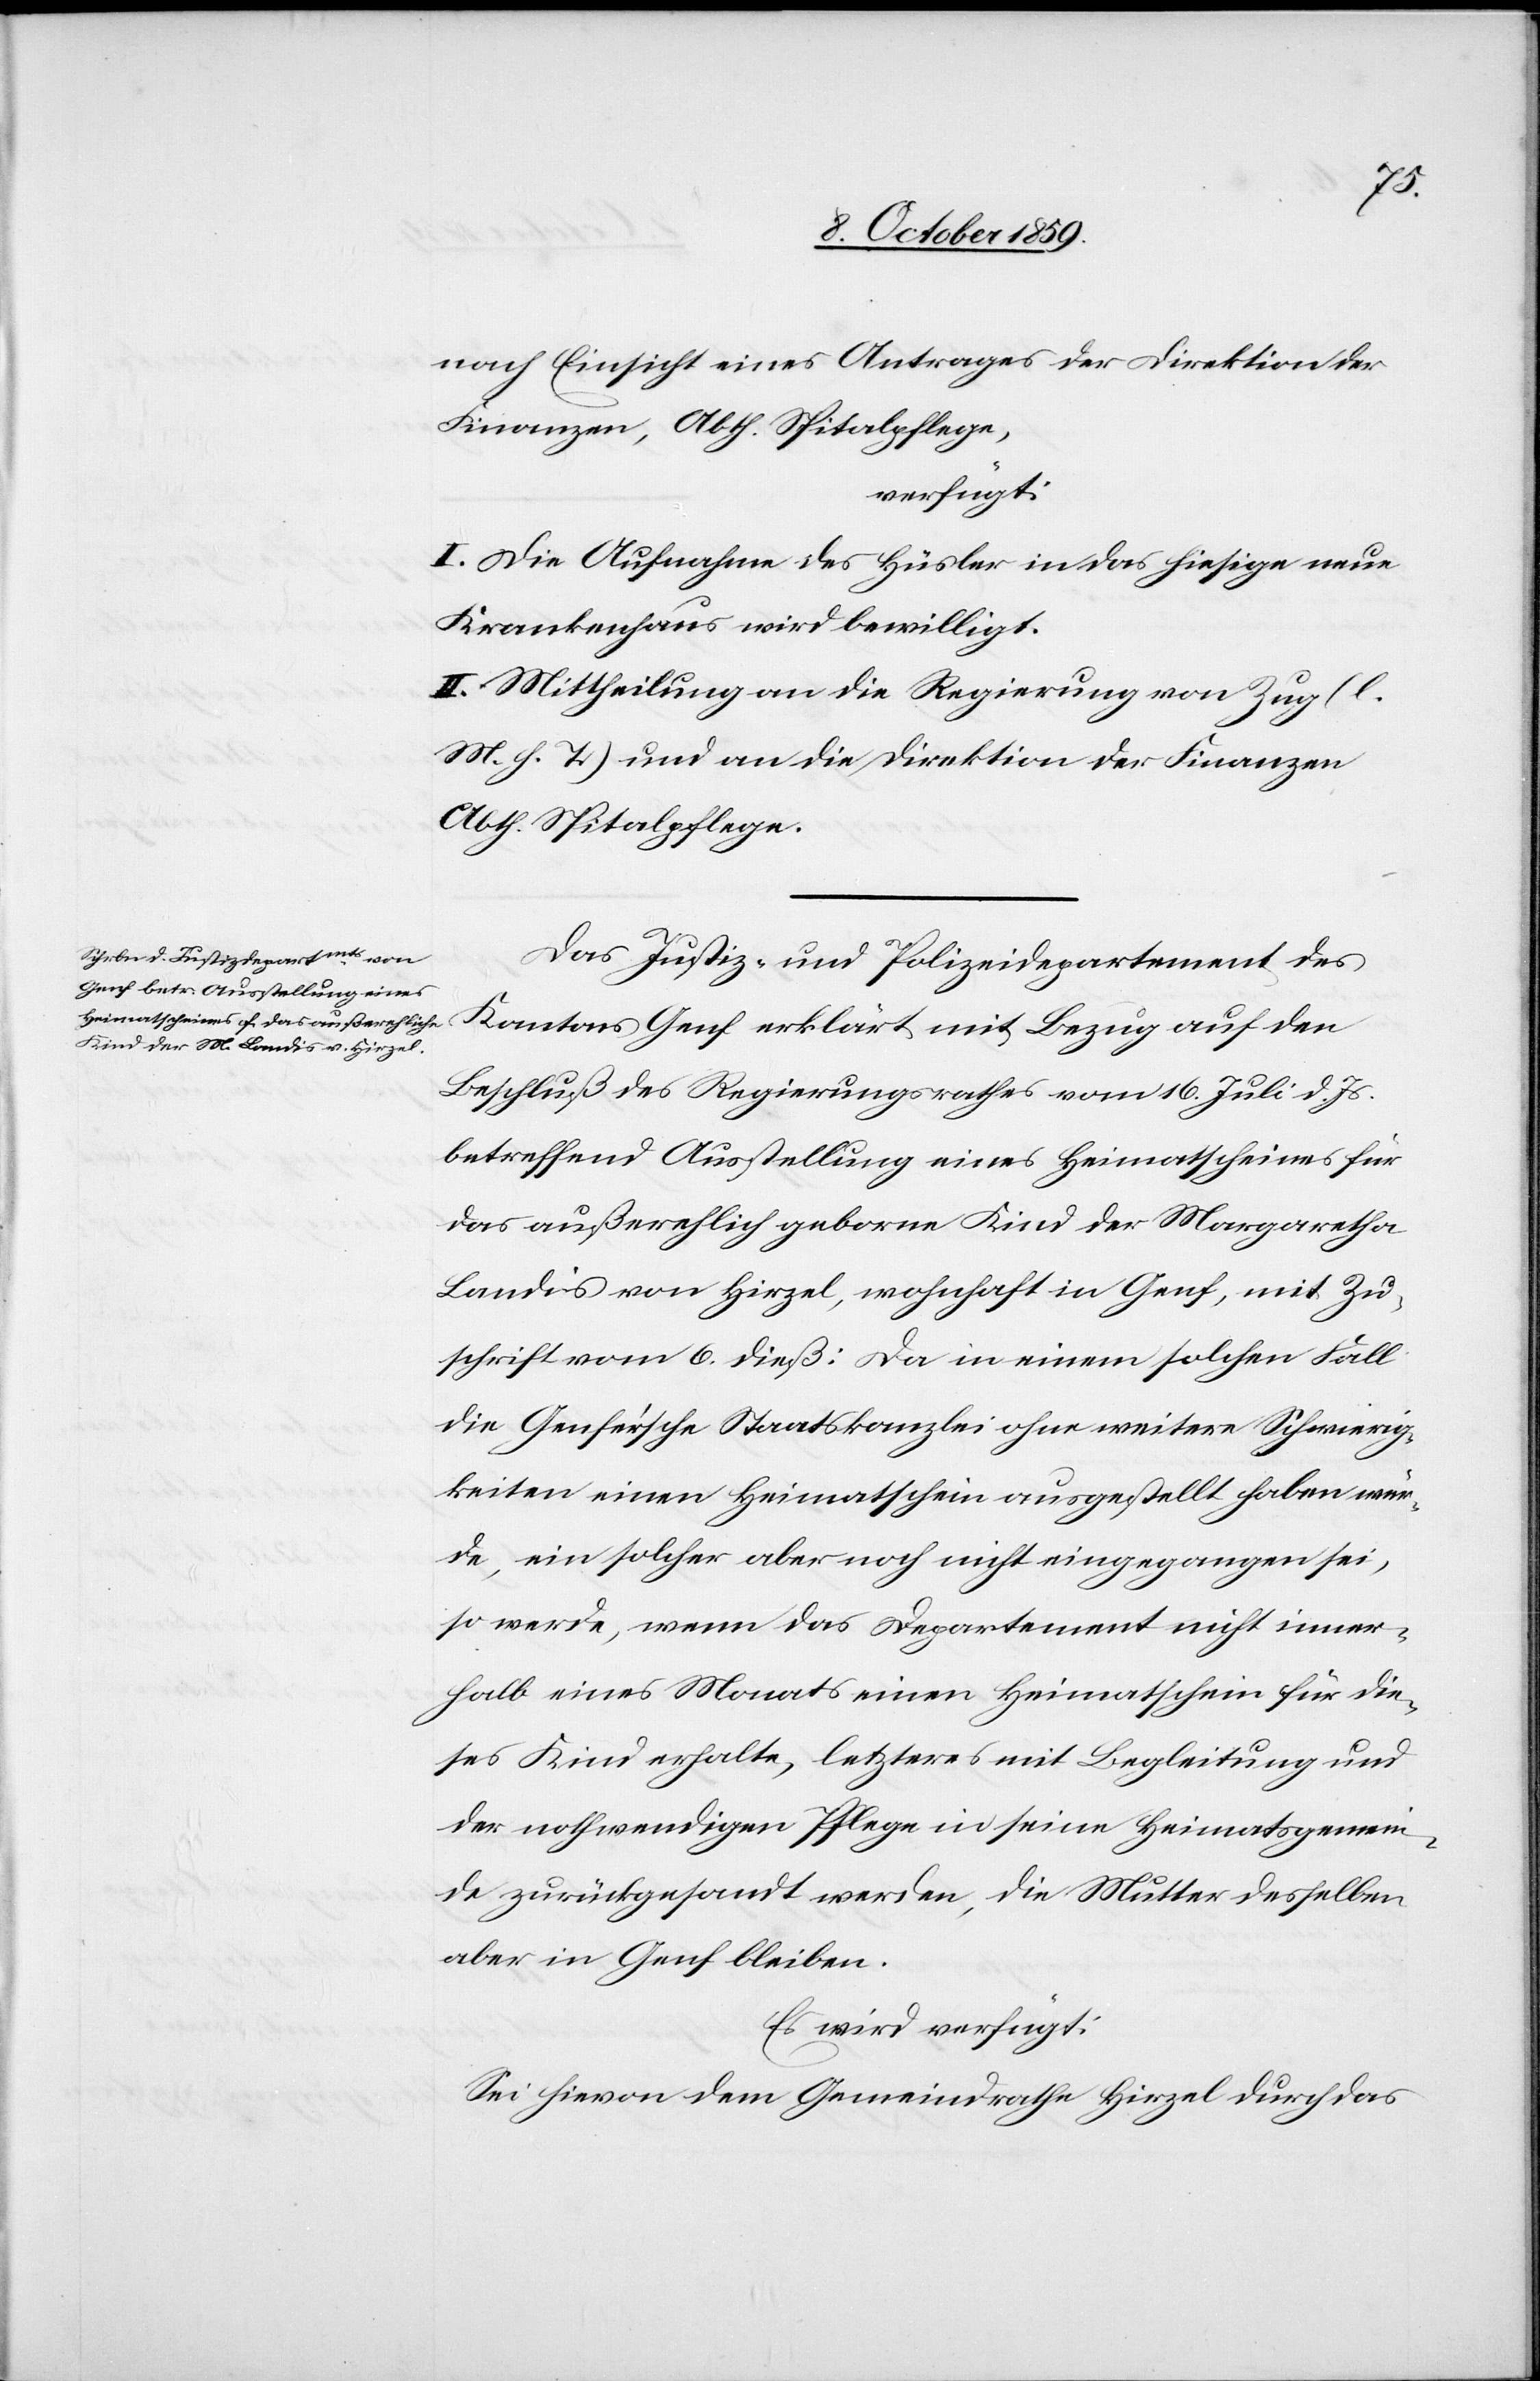
10. October 1859.]
nach Einsicht eines Antrages der Direktion der
Finanzen, Abth. Spitalpflege,
verfügt:
I. Die Aufnahme des Hüsler in das hiesige neue
Krankenhaus wird bewilligt.
II. Mittheilung an die Regierung von Zug (l.
M. h. T.) und an die Direktion der Finanzen
Abth. Spitalpflege.
Das Justiz- und Polizeidepartement des
Kantons Genf erklärt mit Bezug auf den
Beschluß des Regierungsrathes vom 16. Juli d. Js.
betreffend Ausstellung eines Heimatscheines für
das außerehlich geborne Kind der Margaretha
Landis von Hirzel, wohnhaft in Genf, mit Zu¬
schrift vom 6. dieß: Da in einem solchen Fall
die Genfer'sche Staatskanzlei ohne weitere Schwierig¬
keiten einen Heimatschein ausgestellt haben wer¬
de, ein solcher aber noch nicht eingegangen sei,
so werde, wenn das Departement nicht inner¬
halb eines Monats einen Heimatschein für die¬
ses Kind erhalte, letzteres mit Begleitung und
der nothwenigen Pflege in seine Heimatsgemein¬
de zurückgesandt werde, die Mutter desselben
aber in Genf bleiben.
Es wird verfügt:
Sei hievon dem Gemeindrathe Hirzel durch das